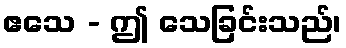
ဧသေ - ဤ သေခြင်းသည်၊